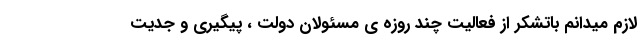
لازم میدانم باتشکر از فعالیت چند روزه ی مسئولان دولت ، پیگیری و جدیت